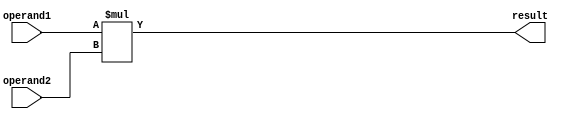
module multiplier (
    input wire [31:0] operand1,
    input wire [31:0] operand2,
    output reg [63:0] result
);

always @ (operand1 or operand2)
begin
    result = operand1 * operand2;
end

endmodule